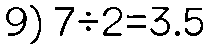
9) 7÷2=3.5